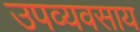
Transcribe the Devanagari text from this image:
उपव्यवसाय